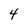
Character: 4